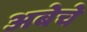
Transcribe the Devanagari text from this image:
अबेचे